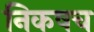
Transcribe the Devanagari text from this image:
निकषच